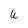
Character: U